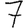
Digit: 7